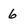
Character: 6